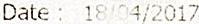
DATE: 18/04/2017